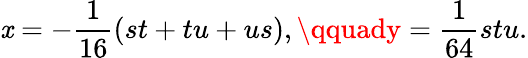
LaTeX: \mathit{x}=-{\frac{{1}}{{16}}}(st+tu+us),\qquady={\frac{{1}}{{64}}}stu.